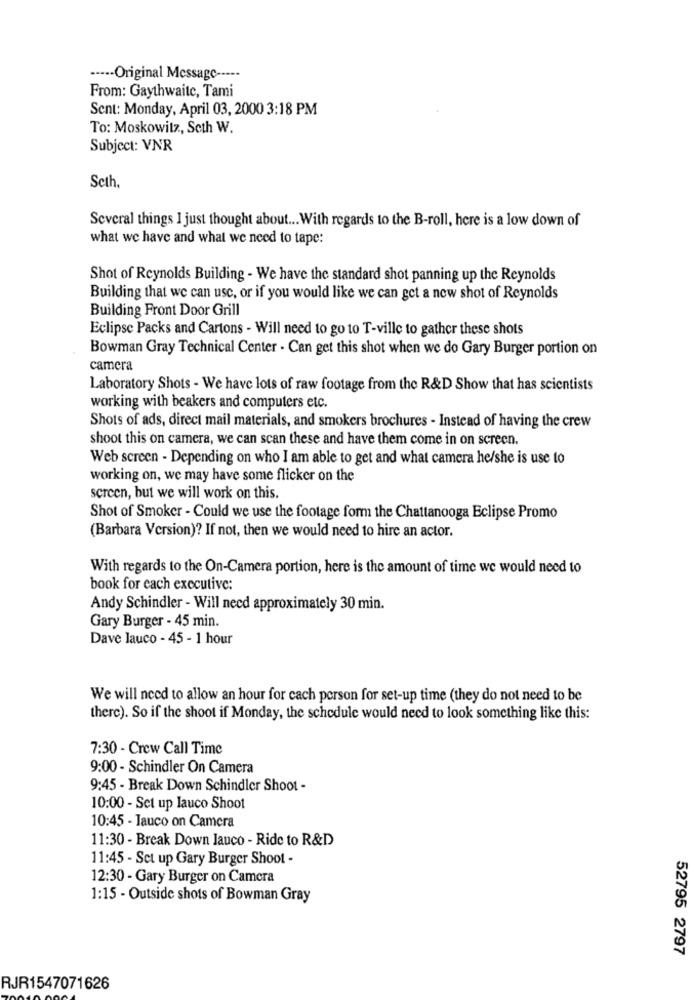
····· Original Message -----
From: Gaythwaite, Tami
Sent: Monday, April 03, 2000 3:18 PM
To: Moskowitz, Seth W.
Subject: VNR
Seth,
Several things I just thought about ... With regards to the B-roll, here is a low down of
what we have and what we need to tape:
Shot of Reynolds Building - We have the standard shot panning up the Reynolds
Building that we can use, or if you would like we can get a new shot of Reynolds
Building Front Door Grill
Eclipse Packs and Cartons - Will need to go to T-ville to gather these shots
Bowman Gray Technical Center . Can get this shot when we do Gary Burger portion on
camera
Laboratory Shots - We have lots of raw footage from the R&D Show that has scientists
working with beakers and computers etc.
Shots of ads, direct mail materials, and smokers brochures - Instead of having the crew
shoot this on camera, we can scan these and have them come in on screen.
Web screen - Depending on who I am able to get and what camera he/she is use to
working on, we may have some flicker on the
screen, but we will work on this.
Shot of Smoker - Could we use the footage form the Chattanooga Eclipse Promo
(Barbara Version)? If not, then we would need to hire an actor.
With regards to the On-Camera portion, here is the amount of time we would need to
book for each executive:
Andy Schindler - Will need approximately 30 min.
Gary Burger - 45 min.
Dave lauco - 45 - 1 hour
We will need to allow an hour for cach person for set-up time (they do not need to be
there). So if the shoot if Monday, the schedule would need to look something like this:
7:30 - Crew Call Time
9:00 - Schindler On Camera
9:45 - Break Down Schindler Shoot -
10:00 - Set up lauco Shoot
10:45 - Tauco on Camera
11:30 - Break Down lauco - Ride to R&D
11:45 - Set up Gary Burger Shoot -
12:30 - Gary Burger on Camera
1:15 - Outside shots of Bowman Gray
52795 2797
RJR1547071626